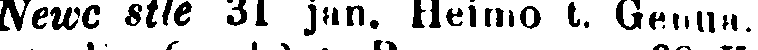
Newc stle 31 jan. Heimo t. Genua.